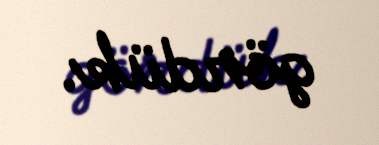
gördük.